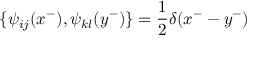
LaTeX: \{ \psi _ { i j } ( x ^ { - } ) , \psi _ { k l } ( y ^ { - } ) \} = \frac { 1 } { 2 } \delta ( x ^ { - } - y ^ { - } )